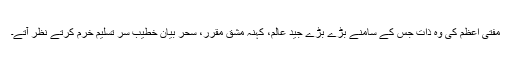
مفتی اعظم کی وہ ذات جس کے سامنے بڑے بڑے جید عالم، کہنہ مشق مقرر، سحر بیان خطیب سر تسلیم خرم کرتے نظر آتے۔